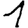
Digit: 1